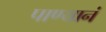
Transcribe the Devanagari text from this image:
पाण्यानं